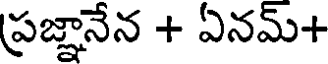
ప్రజ్ఞానేన + ఏనమ్+